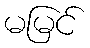
မမြင်